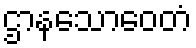
ဌာနသောဝေတံ